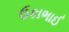
ઉકાભાઈ